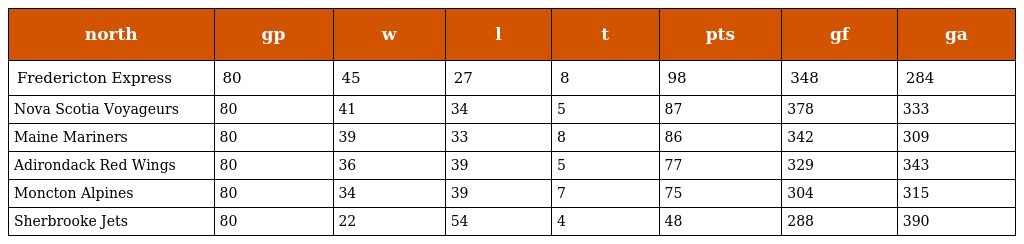
| north | gp | w | l | t | pts | gf | ga |
 | --- | --- | --- | --- | --- | --- | --- | --- |
 | Fredericton Express | 80 | 45 | 27 | 8 | 98 | 348 | 284 |
 | Nova Scotia Voyageurs | 80 | 41 | 34 | 5 | 87 | 378 | 333 |
 | Maine Mariners | 80 | 39 | 33 | 8 | 86 | 342 | 309 |
 | Adirondack Red Wings | 80 | 36 | 39 | 5 | 77 | 329 | 343 |
 | Moncton Alpines | 80 | 34 | 39 | 7 | 75 | 304 | 315 |
 | Sherbrooke Jets | 80 | 22 | 54 | 4 | 48 | 288 | 390 |